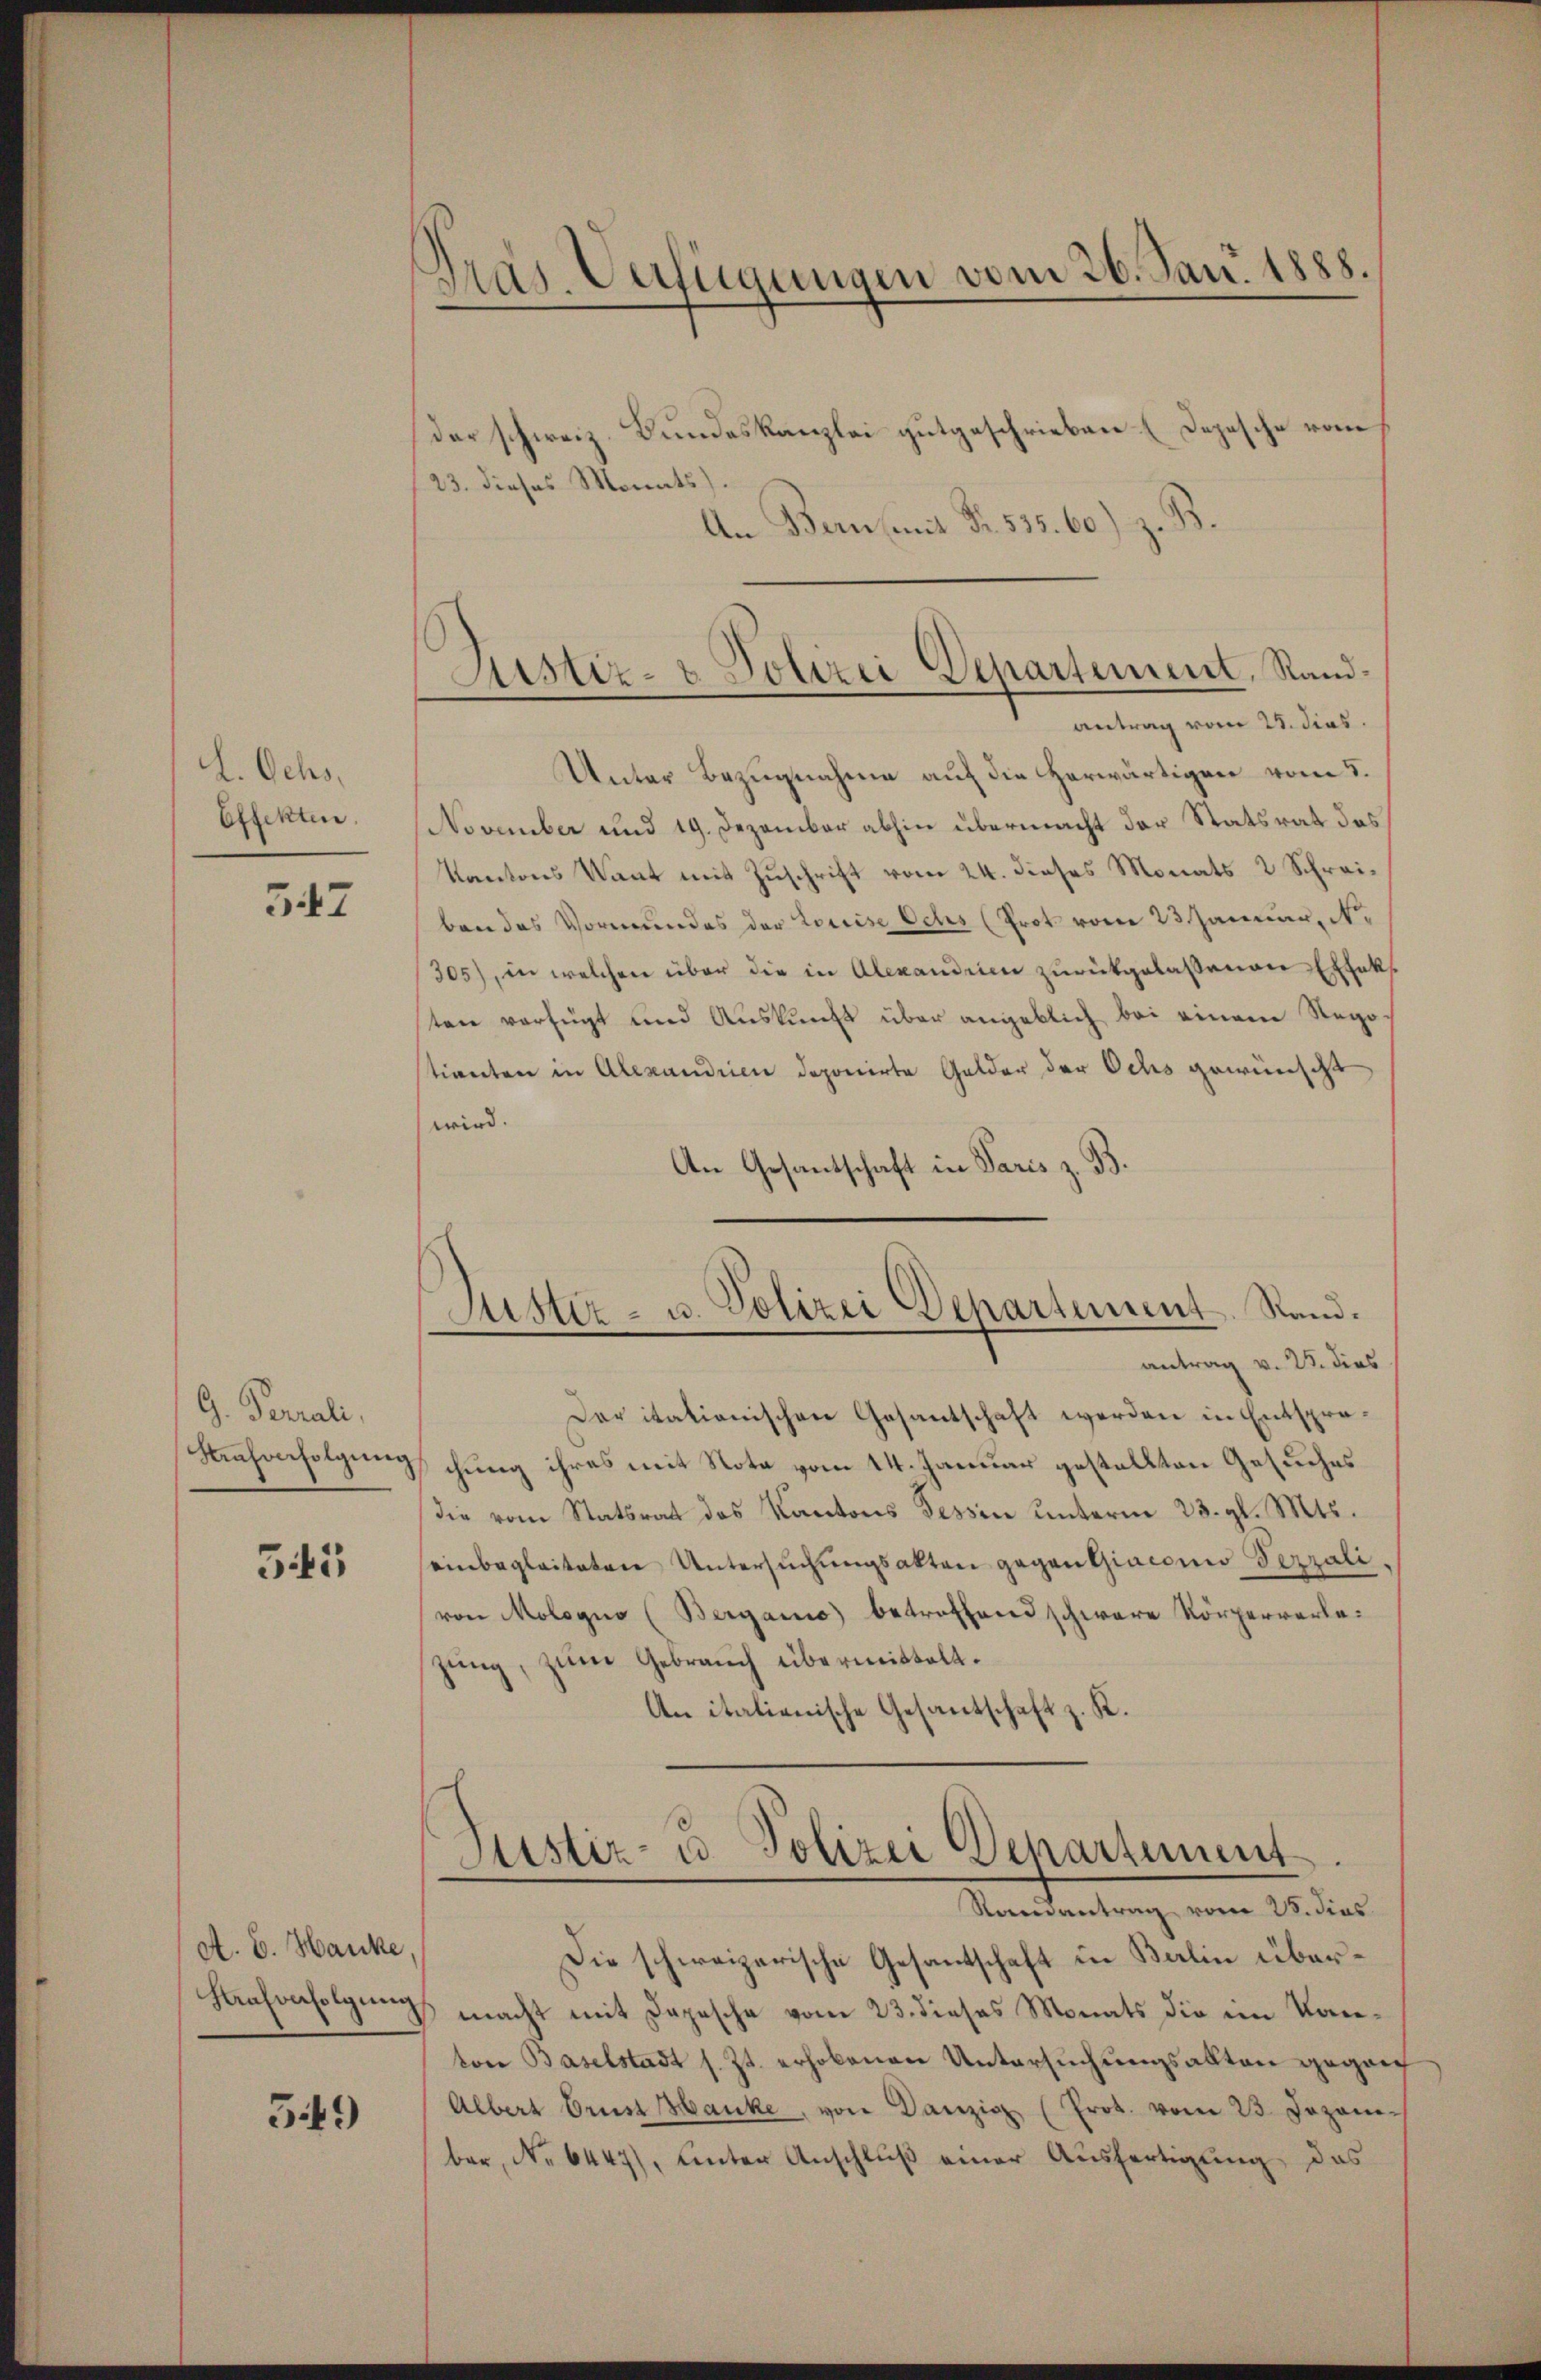
L.Ochs,
Effekten.

547

G. Periali,
Kaufverfolgung

35

A. E. Hanke,
Hafverfolgung

549

Pras. Verfügungen vom 26. Jan. 1888.
—

Justiz- & Polizei Departement, Randantrag vom 25. dies

der schweiz. Bundeskanzlei gutgeschrieben (Depesche vom
/23. dieses Monats).
An Bern mit Fr. 535. 60) z. B.
Unter Bezugnahme auf die herwärtigen vom 5.
November und 19. Dezember abhin übermacht der Statsrat des
Kantons Want mit Zuschrift vom 24. dieses Monats 2 Schreiben das Vormundes der Louise Ochs (Prot vom 23. Januar, Nr.
305), in welchen über die in Alexandrien zurückgelassenen Effekt
sten verfügt und Auskunft über angeblich bei einem Rego-
tienten in Alexandrien deponirte Gelder der Ochs gewünscht,
wird.
An Gesantschaft in Paris z. B.
Justiz- u. Polizei Dehartement. Stand.
antrag v. 25. dies
Der itationischen Gesantschaft werden in Entsprachung ihres mit Nota vom 14. Januar gestellten Gesuches
die vom Statsrat des Kantons Tessin unterm 23. gl. Mts.
einbegleiteten Untersŭchŭngsakten gegen Giaconus Verrali.
von Mologno (Berganis betreffend schwere Körperverlezung, zum Gebrauch übermittelt.
An italienische Gesantschaft z. K.

Justiz- u. Polizei Departement
Randantrag vom 28. dies

Die schweizerische Gesantschaft in Balin über¬
 macht mit Depesche vom 23. dieses Monats die im Kanton Baselstadt s. Zt. erhobenen Untersŭchŭngsakten gegan
Albert Brust Hanke, von Danzig (Prot. vom 23 Jozomber, No 6447), Unter Anschluß einer Ausfertigung, das